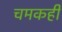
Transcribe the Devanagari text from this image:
चमकही